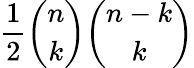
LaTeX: {\frac{1}{2}}{\binom{n}{k}}{\binom{n-k}{k}}